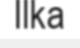
Ilka